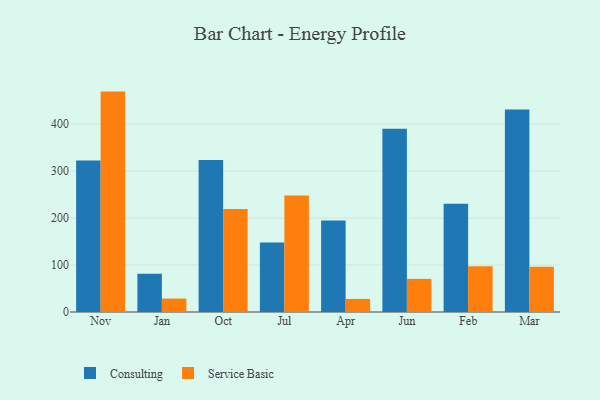
{"axis": {"x": "Month", "y": "Active Users"}, "legend": ["Consulting", "Service Basic"], "data": [{"x": "Nov", "y": 322.3, "type": "Consulting"}, {"x": "Nov", "y": 469.2, "type": "Service Basic"}, {"x": "Jan", "y": 81.6, "type": "Consulting"}, {"x": "Jan", "y": 28.6, "type": "Service Basic"}, {"x": "Oct", "y": 323.7, "type": "Consulting"}, {"x": "Oct", "y": 219.3, "type": "Service Basic"}, {"x": "Jul", "y": 148.1, "type": "Consulting"}, {"x": "Jul", "y": 247.8, "type": "Service Basic"}, {"x": "Apr", "y": 194.9, "type": "Consulting"}, {"x": "Apr", "y": 27.8, "type": "Service Basic"}, {"x": "Jun", "y": 390.0, "type": "Consulting"}, {"x": "Jun", "y": 70.5, "type": "Service Basic"}, {"x": "Feb", "y": 230.6, "type": "Consulting"}, {"x": "Feb", "y": 97.2, "type": "Service Basic"}, {"x": "Mar", "y": 431.2, "type": "Consulting"}, {"x": "Mar", "y": 96.4, "type": "Service Basic"}]}